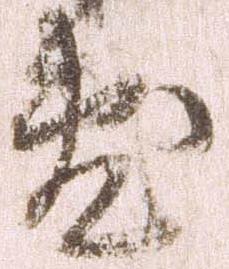
敷